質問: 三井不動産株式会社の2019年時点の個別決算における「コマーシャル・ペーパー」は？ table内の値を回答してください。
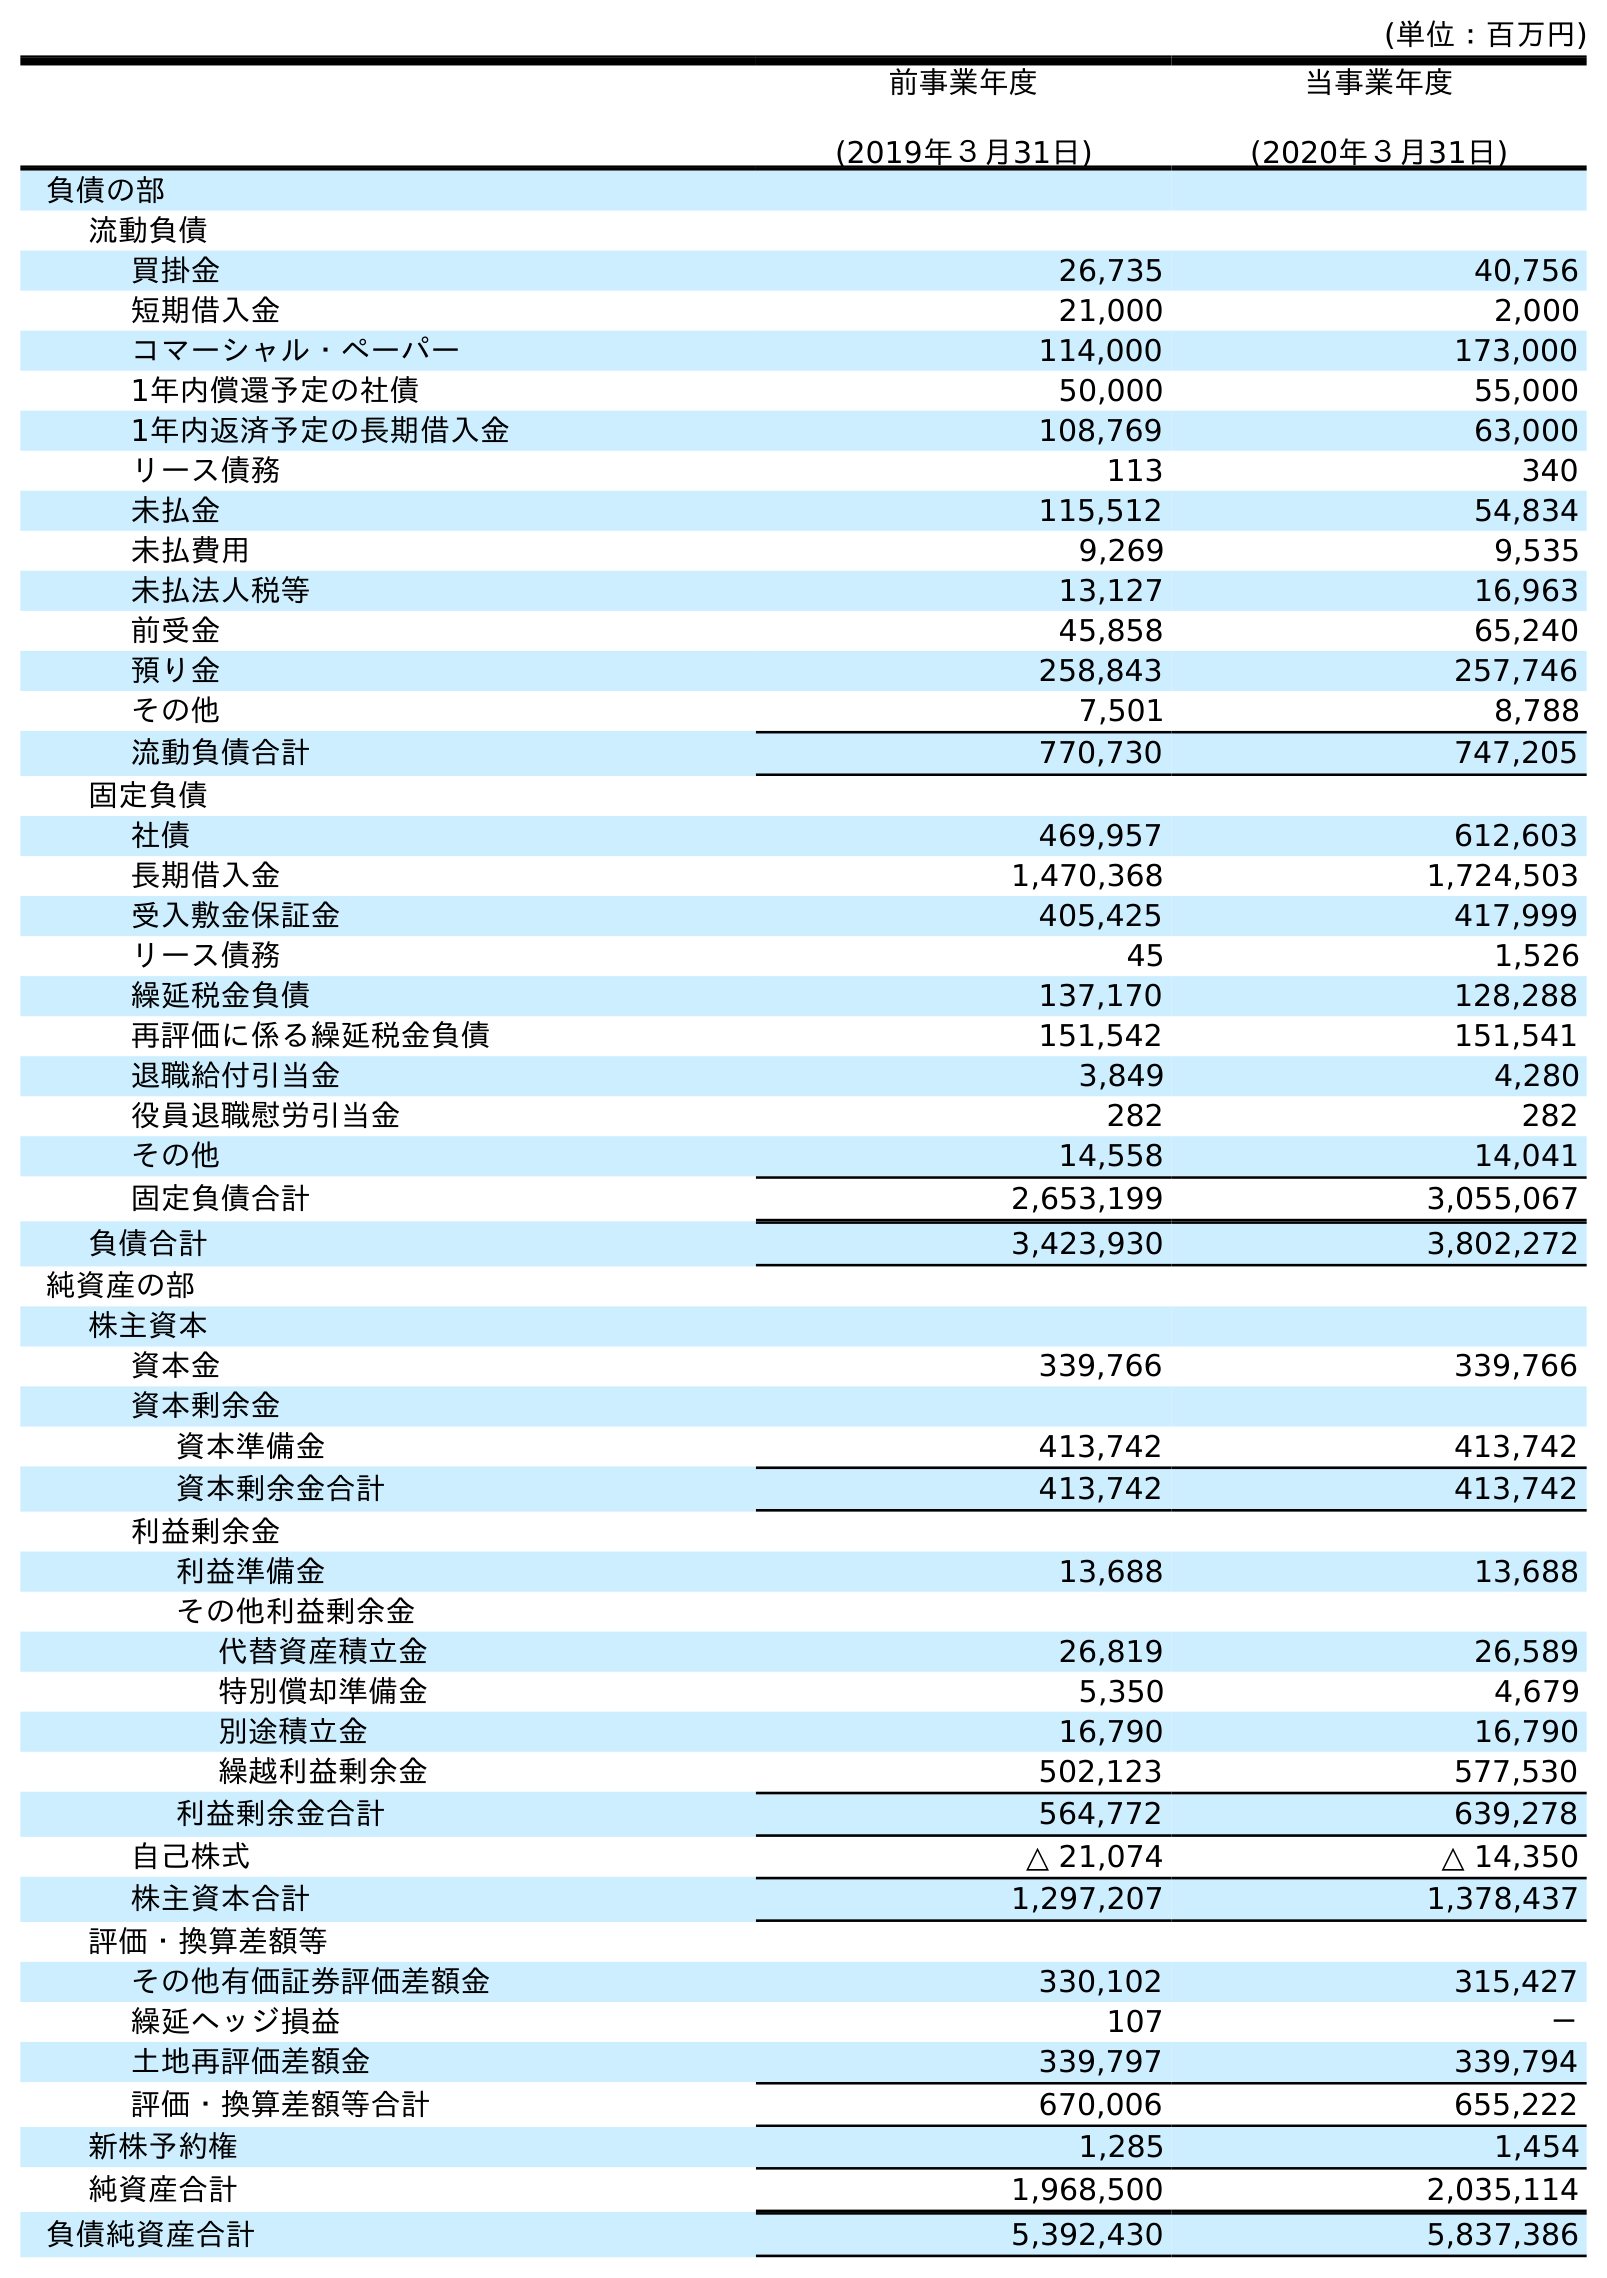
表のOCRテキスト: (単位：百万円) 前事業年度 (2019年３月31日) 当事業年度 (2020年３月31日) 負債の部 流動負債 買掛金 26,735 40,756 短期借入金 21,000 2,000 コマーシャル・ペーパー 114,000 173,000 1年内償還予定の社債 50,000 55,000 1年内返済予定の長期借入金 108,769 63,000 リース債務 113 340 未払金 115,512 54,834 未払費用 9,269 9,535 未払法人税等 13,127 16,963 前受金 45,858 65,240 預り金 258,843 257,746 その他 7,501 8,788 流動負債合計 770,730 747,205 固定負債 社債 469,957 612,603 長期借入金 1,470,368 1,724,503 受入敷金保証金 405,425 417,999 リース債務 45 1,526 繰延税金負債 137,170 128,288 再評価に係る繰延税金負債 151,542 151,541 退職給付引当金 3,849 4,280 役員退職慰労引当金 282 282 その他 14,558 14,041 固定負債合計 2,653,199 3,055,067 負債合計 3,423,930 3,802,272 純資産の部 株主資本 資本金 339,766 339,766 資本剰余金 資本準備金 413,742 413,742 資本剰余金合計 413,742 413,742 利益剰余金 利益準備金 13,688 13,688 その他利益剰余金 代替資産積立金 26,819 26,589 特別償却準備金 5,350 4,679 別途積立金 16,790 16,790 繰越利益剰余金 502,123 577,530 利益剰余金合計 564,772 639,278 自己株式 △ 21,074 △ 14,350 株主資本合計 1,297,207 1,378,437 評価・換算差額等 その他有価証券評価差額金 330,102 315,427 繰延ヘッジ損益 107 － 土地再評価差額金 339,797 339,794 評価・換算差額等合計 670,006 655,222 新株予約権 1,285 1,454 純資産合計 1,968,500 2,035,114 負債純資産合計 5,392,430 5,837,386
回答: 114,000